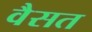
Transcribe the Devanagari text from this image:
वैसत